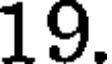
19.